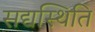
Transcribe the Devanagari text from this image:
सद्यस्थिति